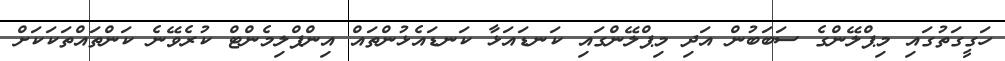
ހަގީގަތުގައި މިޕްލޭންގެ ސަބަބުން އަދި މިޕްލޭންގައި ކަނޑައަޅާ ކަނޑައެޅުންތައް އިންޕްލިމެންޓް ކުރެވޭނެ ކަންތައްތަކަކަށް